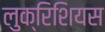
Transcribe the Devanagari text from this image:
लुक्रिशियस